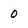
Character: 0